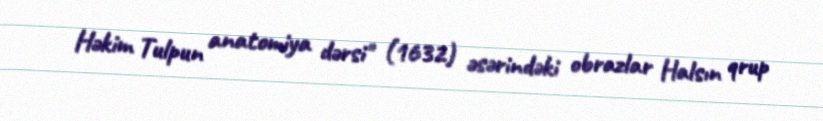
Həkim Tulpun anatomiya dərsi" (1632) əsərindəki obrazlar Halsın qrup